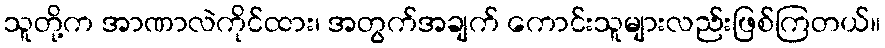
သူတို့က အာဏာလဲကိုင်ထား၊ အတွက်အချက် ကောင်းသူများလည်းဖြစ်ကြတယ်။